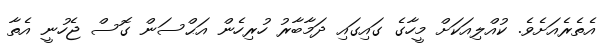
އެތެރެއަށެވެ. ކުއްލިއަކަށް މީހާގެ ގައިގައި ދަމާބާރު ހުރިހެން އަޙްސަން ގޮސް ޖެހުނީ އެތާ